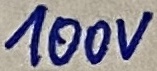
Text: 100V